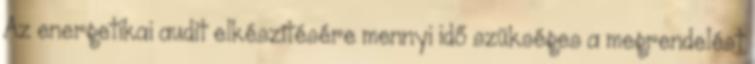
Az energetikai audit elkészítésére mennyi idő szükséges a megrendelést